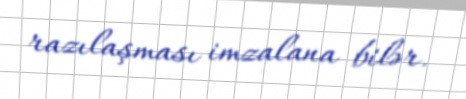
razılaşması imzalana bilər.